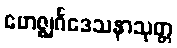
ဗောဇ္ဈင်္ဂဒေသနာသုတ္တ